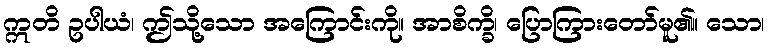
ဣတိ ဥပါယံ၊ ဤသို့သော အကြောင်းကို။ အာစိက္ခိ၊ ပြောကြားတော်မူ၏။ သော၊